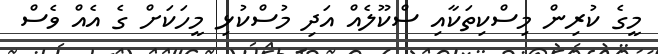
މީގެ ކުރިން މިސްކިތަކާއި ސްކޫލެއް އަދި މުސްކުޅި މީހަކަށް ގެ އެއް ވެސް